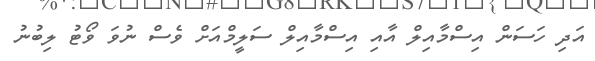
އަދި ހަސަން އިސްމާއިލް އާއި އިސްމާއިލް ސަލީމްއަށް ވެސް ނުވަ ވޯޓު ލިބުނު